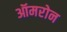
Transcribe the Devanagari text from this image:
ऑमरोन